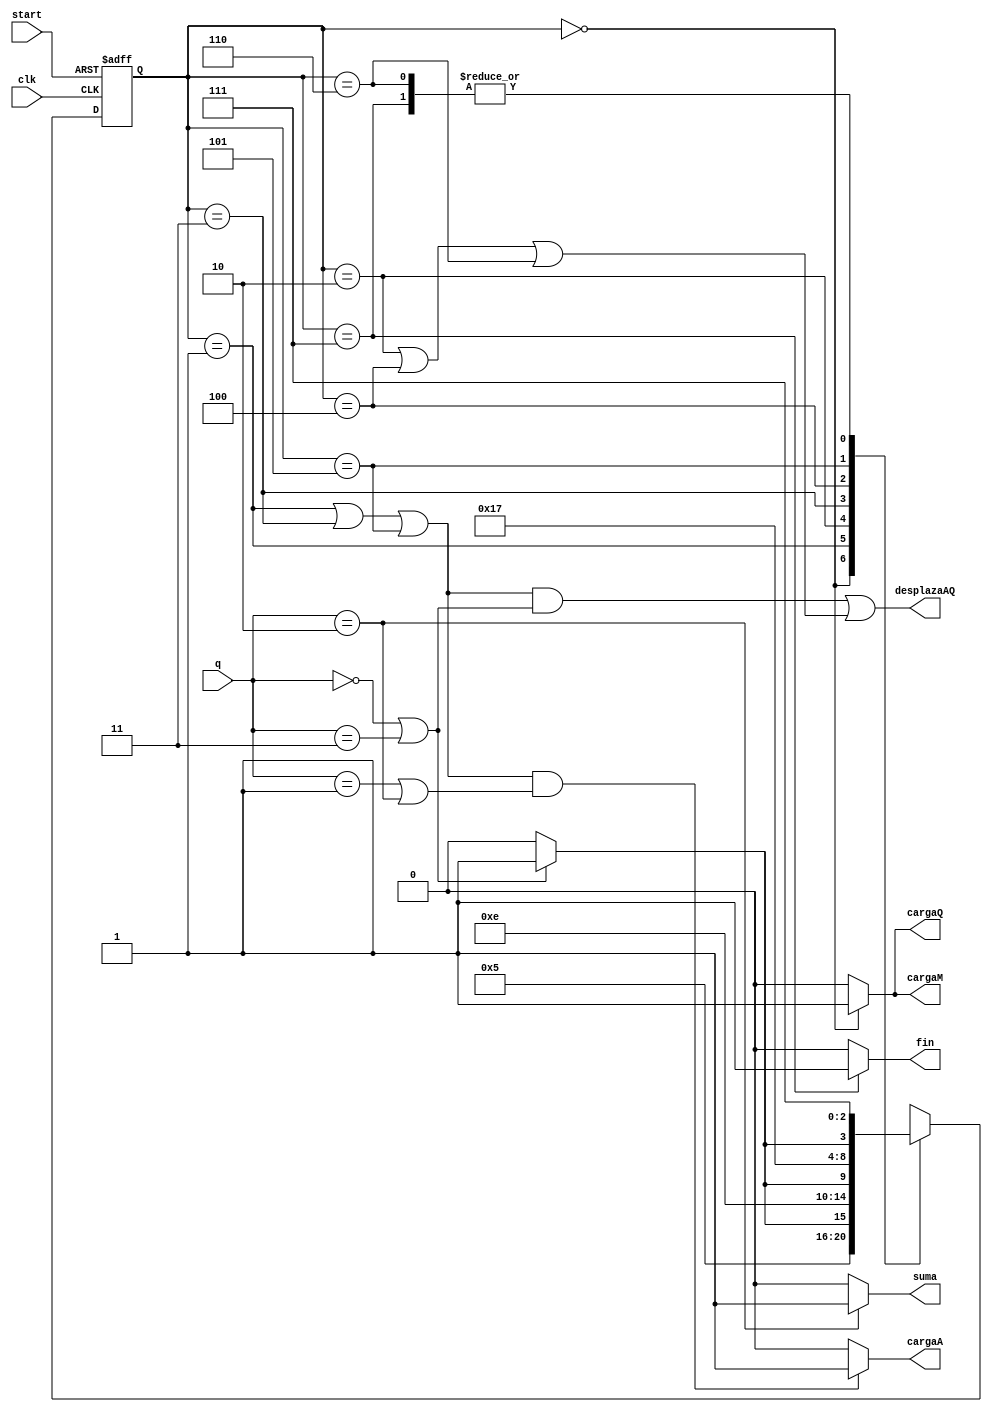
/*
-Actividad Previa: Diseo de Procesadores
-Alumno: Cheuk Kelly Ng Pante
-Correo: alu0101364544@ull.edu.es
-Curso 2021 - 2022
-Compilacion: iverilog -o ActPrevia multiplicador_tb.v multiplicador.v uc.v componentes.v caminosdatos.v 
-Simulacin: vvp ActPrevia
*/

`timescale 1 ns / 10 ps
module uc (input wire clk, start, input wire [1:0] q, output wire suma, desplazaAQ, cargaA, cargaQ, cargaM, fin);
  reg [2:0] state, nextstate;

  // Codificacion de los estados
  parameter S0 = 3'b000;
  parameter S1 = 3'b001;
  parameter S2 = 3'b010;
  parameter S3 = 3'b011;
  parameter S4 = 3'b100;
  parameter S5 = 3'b101;
  parameter S6 = 3'b110;
  parameter S7 = 3'b111;

  // Comprobamos el estado a actualizar
  always @(posedge clk, posedge start)
    if (start)
      state <= S0;
    else
      state <= #6 nextstate;

  // Funcion de transicion
  always @(*)
    case (state)
      S0: nextstate = S1;
      S1:
        if (q == 2'b00 || q == 2'b11)
          nextstate = S3;
        else
          nextstate = S2;
      S2: nextstate = S3;
      S3:
        if (q == 2'b00 || q == 2'b11)
          nextstate = S5;
        else
          nextstate = S4;
      S4: nextstate = S5;
      S5: if (q == 2'b00 || q == 2'b11)
          nextstate = S7;
        else
          nextstate = S6;
      S6: nextstate = S7;
      S7: nextstate = S7;
      default: nextstate = S0;
    endcase

    // Funcion de salida
    assign cargaA = ((state == S1 || state == S3 || state == S5) && (q == 2'b01 || q == 2'b10))? 1 : 0;
    assign cargaQ = (state == S0) ? 1 : 0;
    assign cargaM = (state == S0) ? 1 : 0;
    assign suma = (q == 2'b10) ? 1 : 0;
    assign desplazaAQ = ((state == S1 || state == S3 || state == S5) && (q == 2'b00 || q == 2'b11)) || (state == S2 || state == S4 || state == S6);
    assign fin = (state == S7) ? 1 : 0;

endmodule